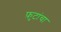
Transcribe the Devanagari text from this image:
फ़ुटांचा